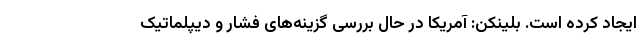
ایجاد کرده است. بلینکن: آمریکا در حال بررسی گزینه‌های فشار و دیپلماتیک